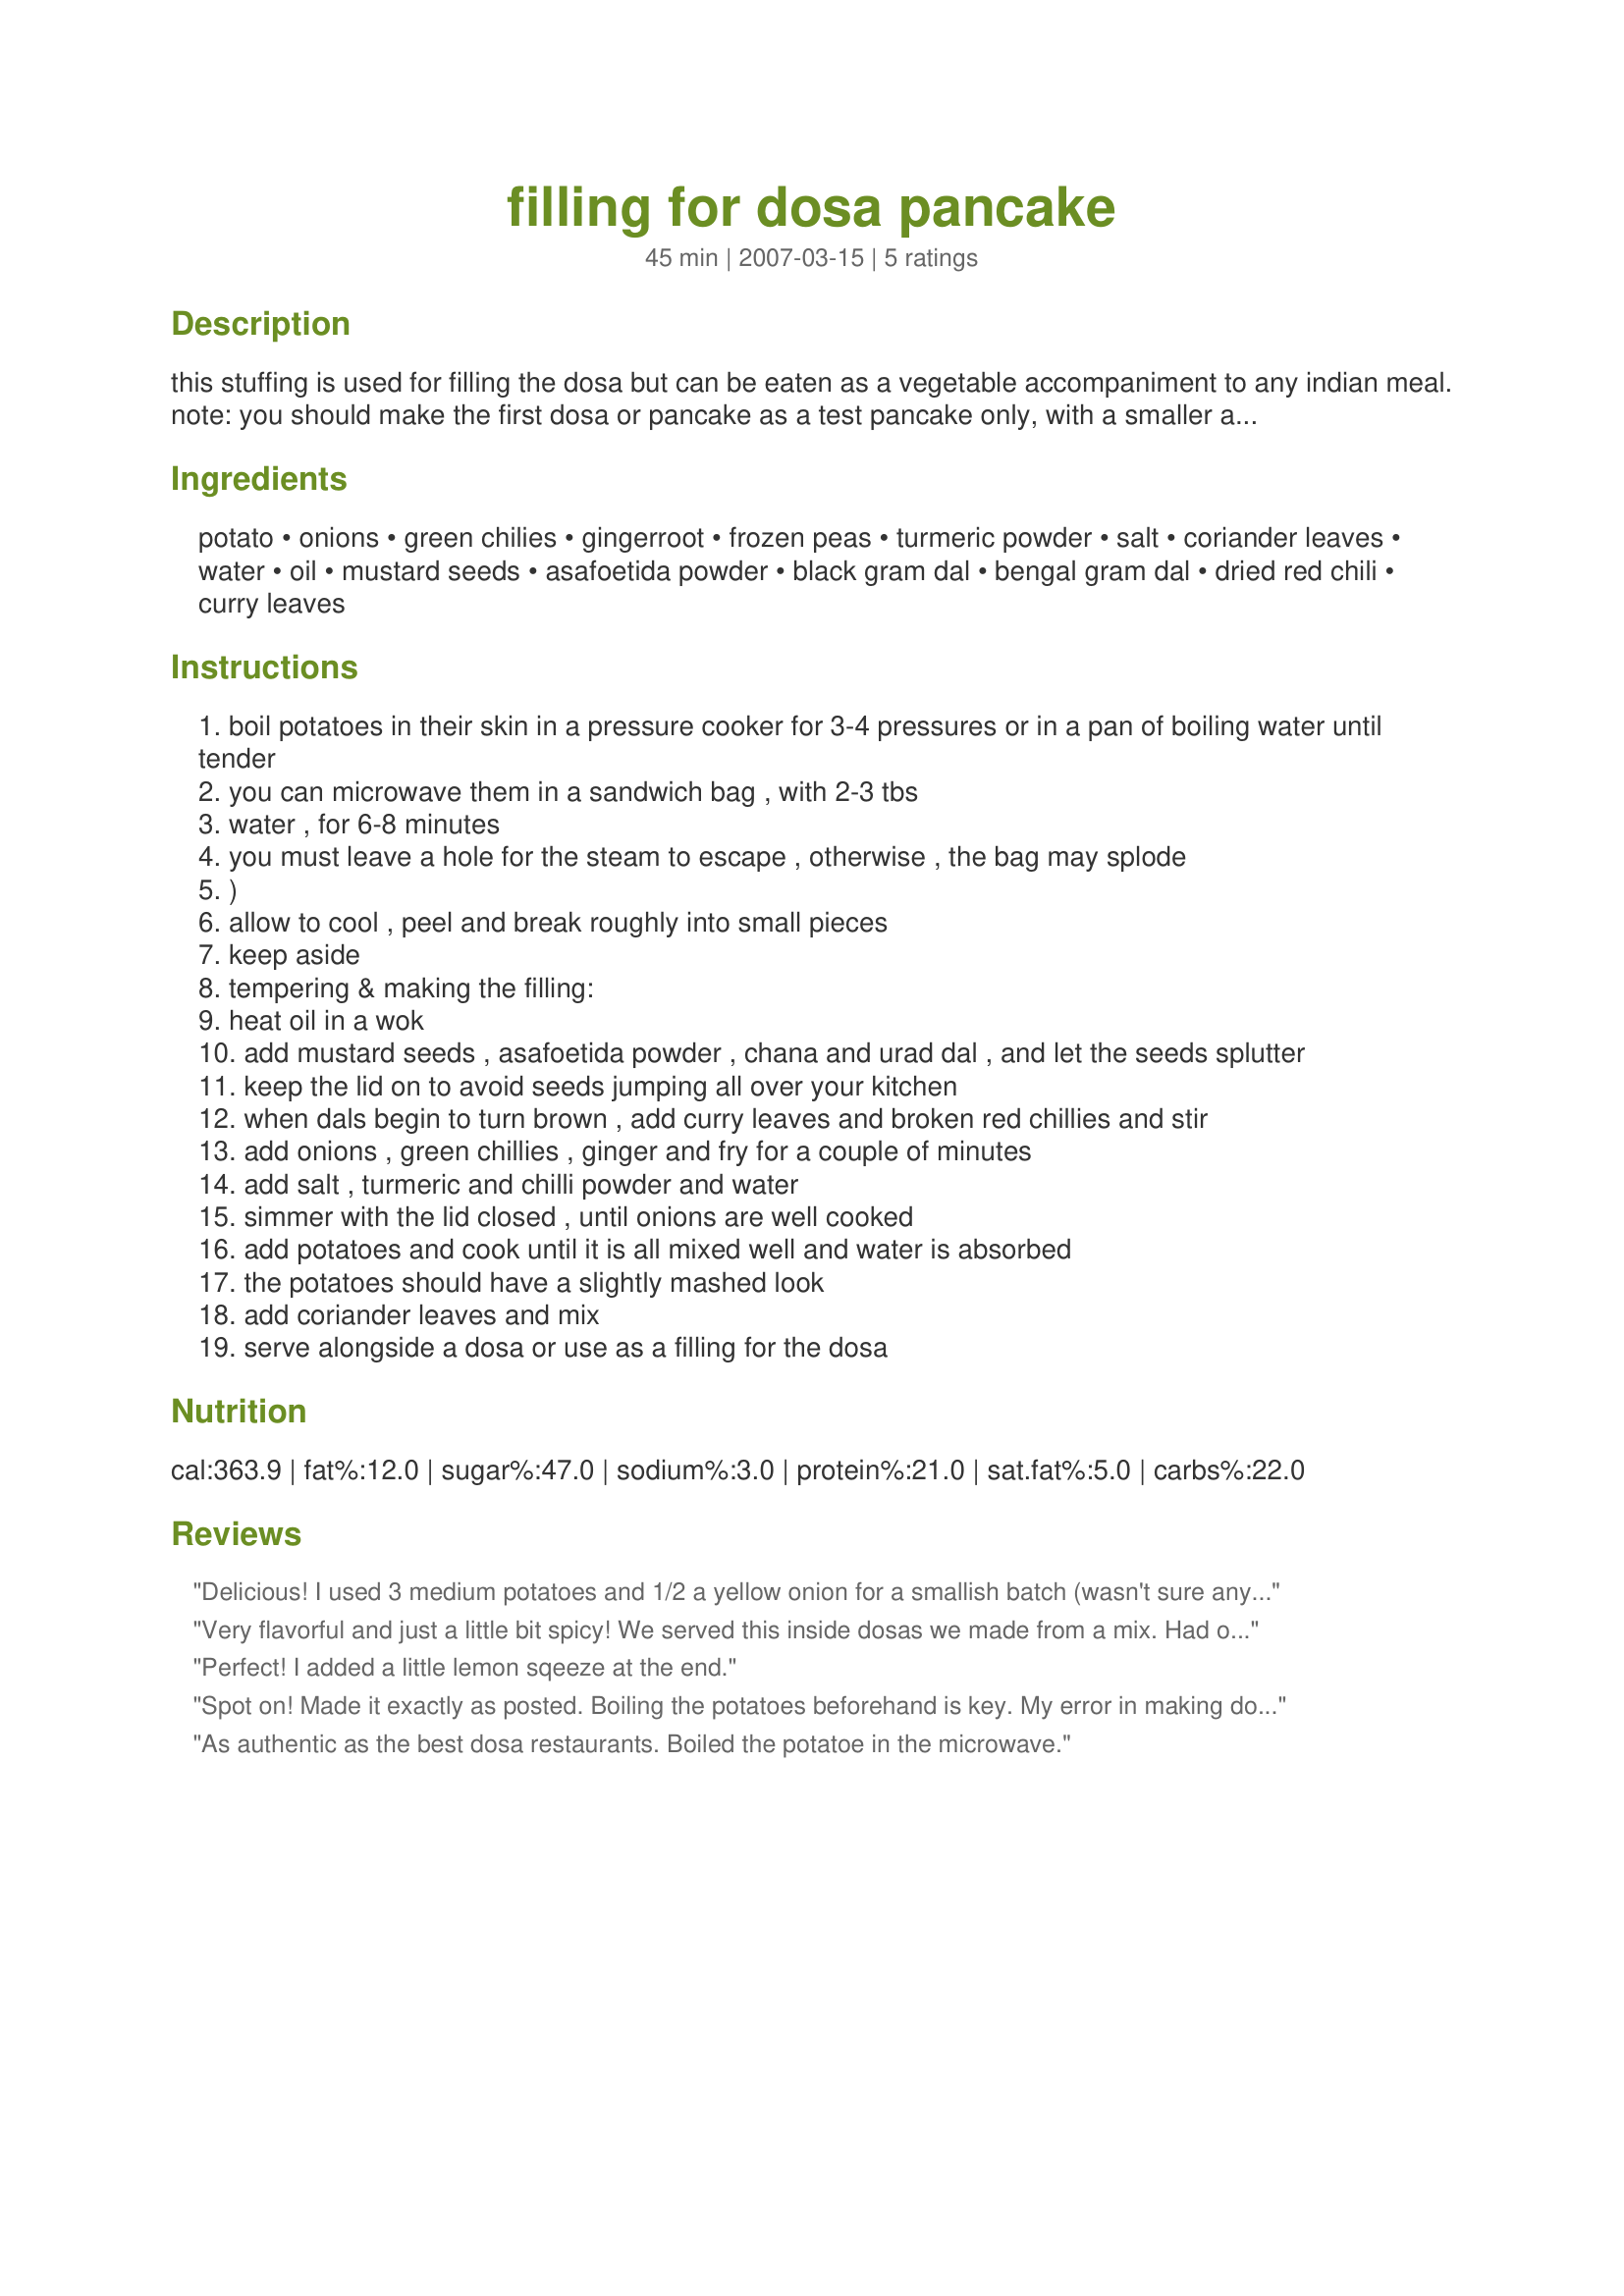
filling for dosa pancake
Preparation time: 45 minutes

this stuffing is used for filling the dosa but can be eaten as a vegetable accompaniment to any indian meal. note: you should make the first dosa or pancake as a test pancake only, with a smaller amount of batter. it usually sticks to the pan a little and curls. after this, the pan is uniformly covered by a film of oil and pancakes cook better. yield and times are estimated since i haven't made these before.

Ingredients:
potato, onions, green chilies, gingerroot, frozen peas, turmeric powder, salt, coriander leaves, water, oil, mustard seeds, asafoetida powder, black gram dal, bengal gram dal, dried red chili, curry leaves

Steps:
boil potatoes in their skin in a pressure cooker for 3-4 pressures or in a pan of boiling water until tender
you can microwave them in a sandwich bag , with 2-3 tbs
water , for 6-8 minutes
you must leave a hole for the steam to escape , otherwise , the bag may splode
)
allow to cool , peel and break roughly into small pieces
keep aside
tempering & making the filling:
heat oil in a wok
add mustard seeds , asafoetida powder , chana and urad dal , and let the seeds splutter
keep the lid on to avoid seeds jumping all over your kitchen
when dals begin to turn brown , add curry leaves and broken red chillies and stir
add onions , green chillies , ginger and fry for a couple of minutes
add salt , turmeric and chilli powder and water
simmer with the lid closed , until onions are well cooked
add potatoes and cook until it is all mixed well and water is absorbed
the potatoes should have a slightly mashed look
add coriander leaves and mix
serve alongside a dosa or use as a filling for the dosa

Reviews:
Delicious! I used 3 medium potatoes and 1/2 a yellow onion for a smallish batch (wasn't sure anyway how much to use as I don't have a scale). I left out the chilies and the peas and everything in the second list, as I didn't have any of it--still turned out delicious!. I used the full amount of turmeric but put in a handful of coriander leaves instead of a bunch. I actually cooked the potatoes in the microwave and added them to the other ingredients with no water--the oil in the fried onions made everything nice and creamy.
Very flavorful and just a little bit spicy! We served this inside dosas we made from a mix. Had onion sambaar on the side. Thanks for posting!
Perfect! I added a little lemon sqeeze at the end.
Spot on! Made it exactly as posted. Boiling the potatoes beforehand is key. My error in making dosa filling was that I used to just saute the potatoes - but obviously that turns them crispy or brown, and while they are perfectly delicious, they are not true to the traditional dosa filling. This one is, right down to the seasonings and the quantities. It's also great if you add some peas to to potatoes as well, which I like to do and recommend.
As authentic as the best dosa restaurants. Boiled the potatoe in the microwave.
